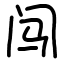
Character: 闯